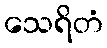
သေရိတံ